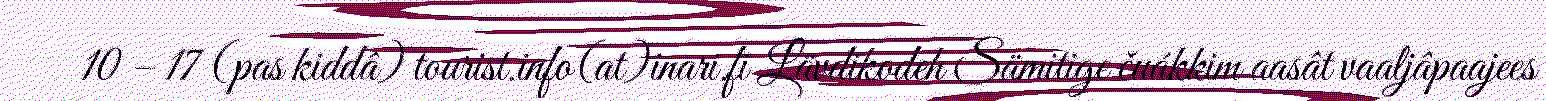
10 – 17 (pas kiddâ) tourist.info(at)inari.fi Lävdikodeh Sämitige čuákkim aasât vaaljâpaajees